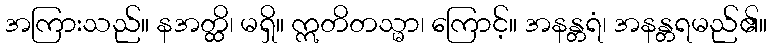
အကြားသည်။ နအတ္ထိ၊ မရှိ။ ဣတိတသ္မာ၊ ကြောင့်။ အနန္တရံ၊ အနန္တရမည်၏။